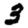
Digit: 3